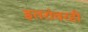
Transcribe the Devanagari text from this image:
इतरांवरही